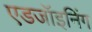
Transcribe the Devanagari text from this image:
एडजॉइनिंग